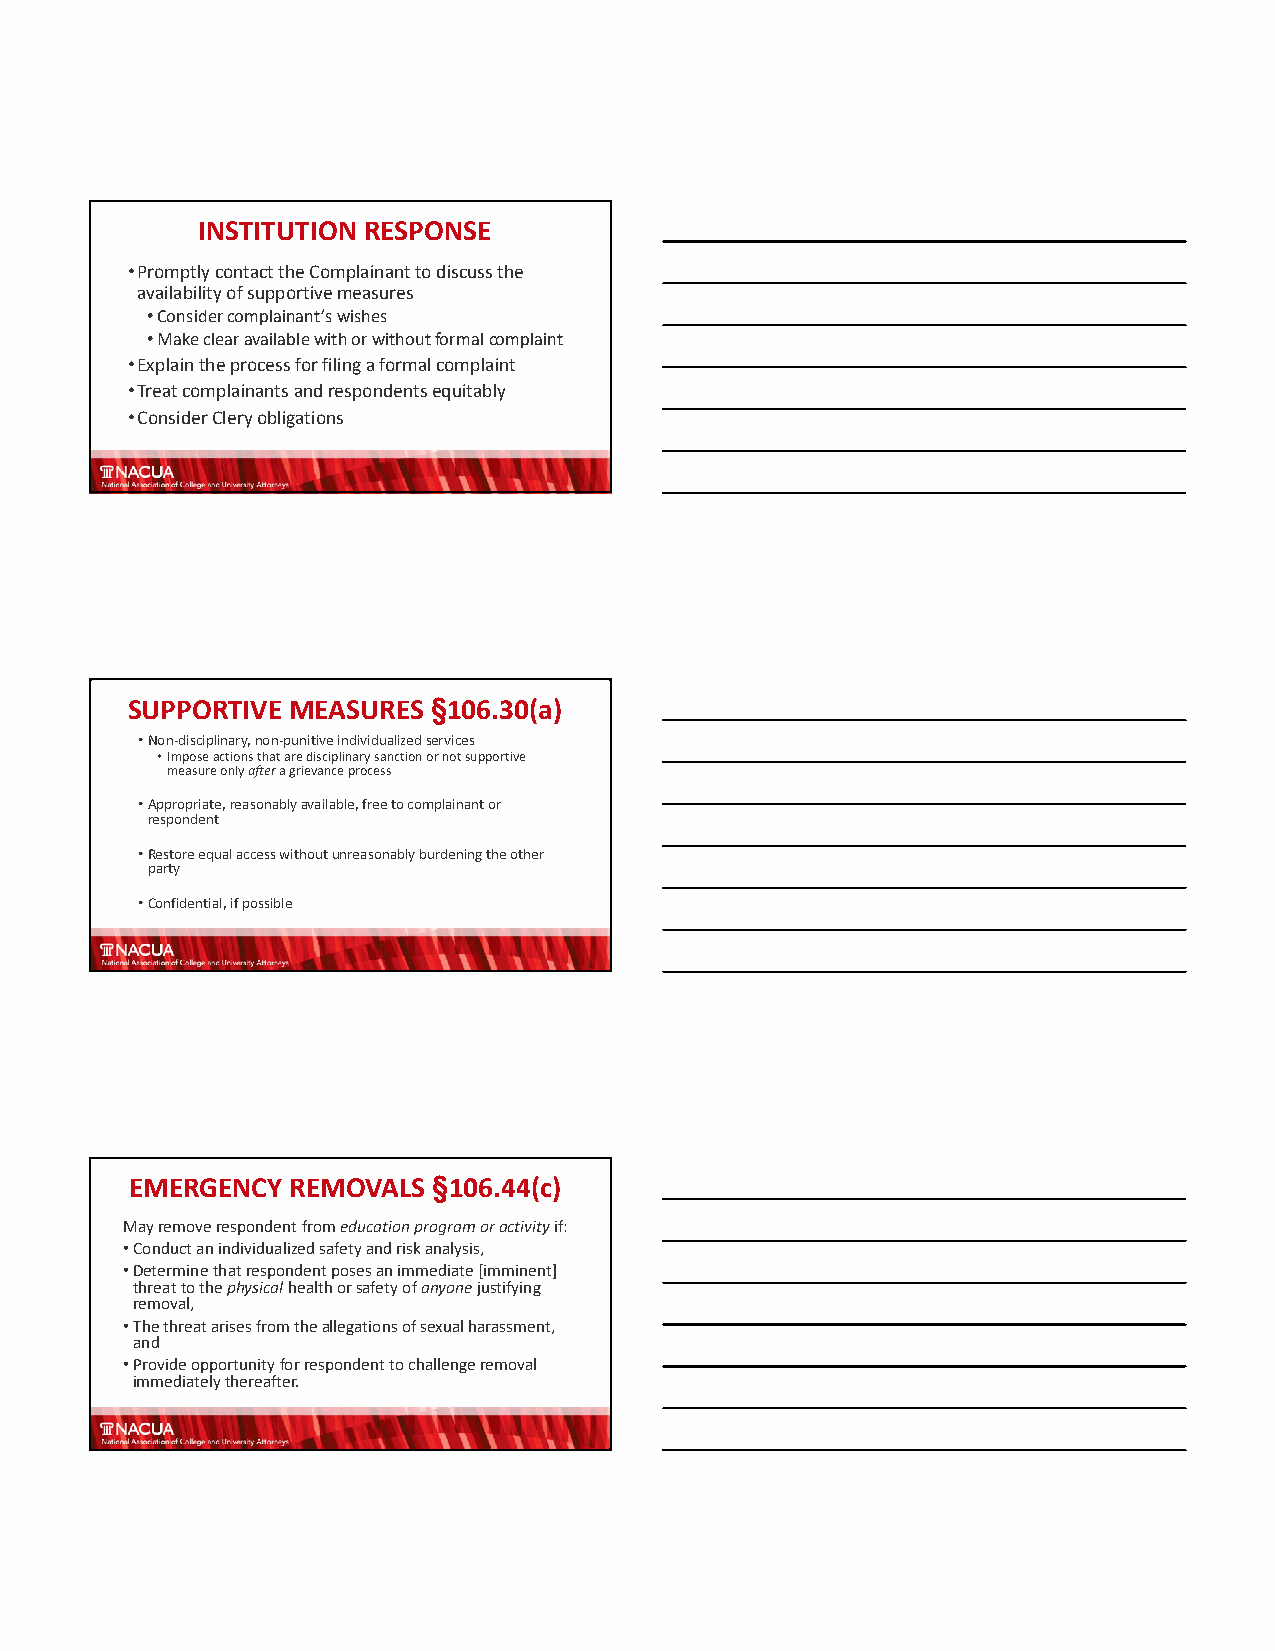
INSTITUTION RESPONSE
 •Promptly contact the Complainant to discuss the
 availability of supportive measures
 •Consider complainant’s wishes
 •Make clear available with or without formal complaint
 •Explain the process for filing a formal complaint
 •Treat complainants and respondents equitably
 •Consider Cleryobligations
 SUPPORTIVE MEASURES  §106.30(a)
 •Non‐disciplinary, non‐punitive individualized services
 •Impose actions that are disciplinary sanction or not supportive
 measureonlyafteragrievanceprocess
 •Appropriate, reasonably available, free to complainant or
 respondent
 •Restore equal access without unreasonably burdening the other
 party
 •Confidential, if possible
 EMERGENCY REMOVALS  §106.44(c)
 May remove respondent from education program or activityif:
 •Conduct an individualized safety and risk analysis,
 •Determine that respondent poses an immediate [imminent]
 threat to the physicalhealth or safety of anyonejustifying
 removal,
 •The threat arises from the allegations of sexual harassment,
 and
 •Provide opportunity for respondent to challenge removal
 immediately thereafter.